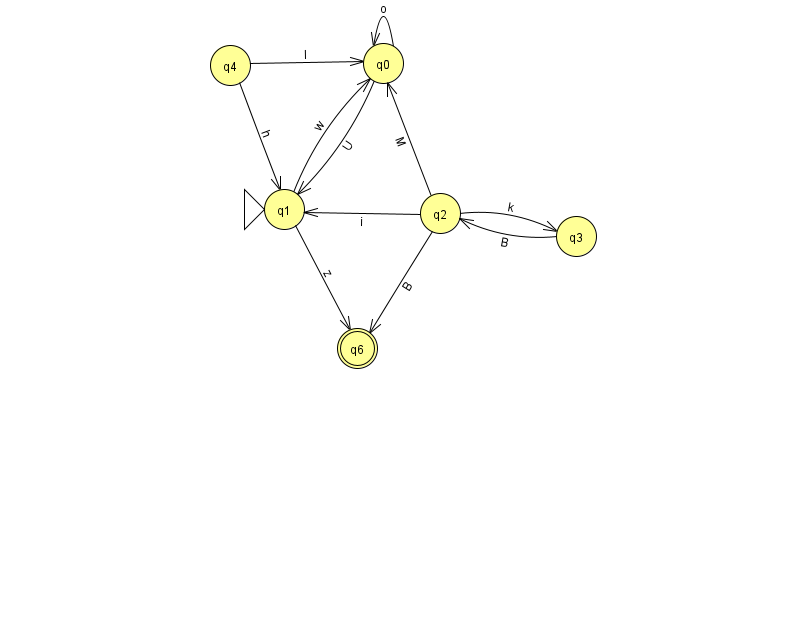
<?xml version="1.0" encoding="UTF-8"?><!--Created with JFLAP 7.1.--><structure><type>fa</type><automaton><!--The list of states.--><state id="0" name="q0"><x>383.0</x><y>50.0</y></state><state id="1" name="q1"><x>284.0</x><y>196.0</y><initial/></state><state id="2" name="q2"><x>440.0</x><y>200.0</y></state><state id="3" name="q3"><x>576.0</x><y>223.0</y></state><state id="4" name="q4"><x>230.0</x><y>52.0</y></state><state id="6" name="q6"><x>357.0</x><y>335.0</y><final/></state><!--The list of transitions.--><transition><from>2</from><to>3</to><read>k</read></transition><transition><from>2</from><to>1</to><read>i</read></transition><transition><from>4</from><to>0</to><read>I</read></transition><transition><from>3</from><to>2</to><read>B</read></transition><transition><from>1</from><to>0</to><read>w</read></transition><transition><from>2</from><to>6</to><read>B</read></transition><transition><from>4</from><to>1</to><read>h</read></transition><transition><from>0</from><to>1</to><read>U</read></transition><transition><from>2</from><to>0</to><read>M</read></transition><transition><from>0</from><to>0</to><read>o</read></transition><transition><from>1</from><to>6</to><read>z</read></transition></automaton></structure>